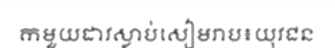
កមួយដាវស្លាប់សៀមរាប៖យុវជន